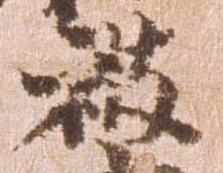
被